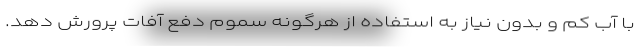
با آب کم و بدون نیاز به استفاده از هرگونه سموم دفع آفات پرورش دهد.